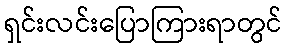
ရှင်းလင်းပြောကြားရာတွင်